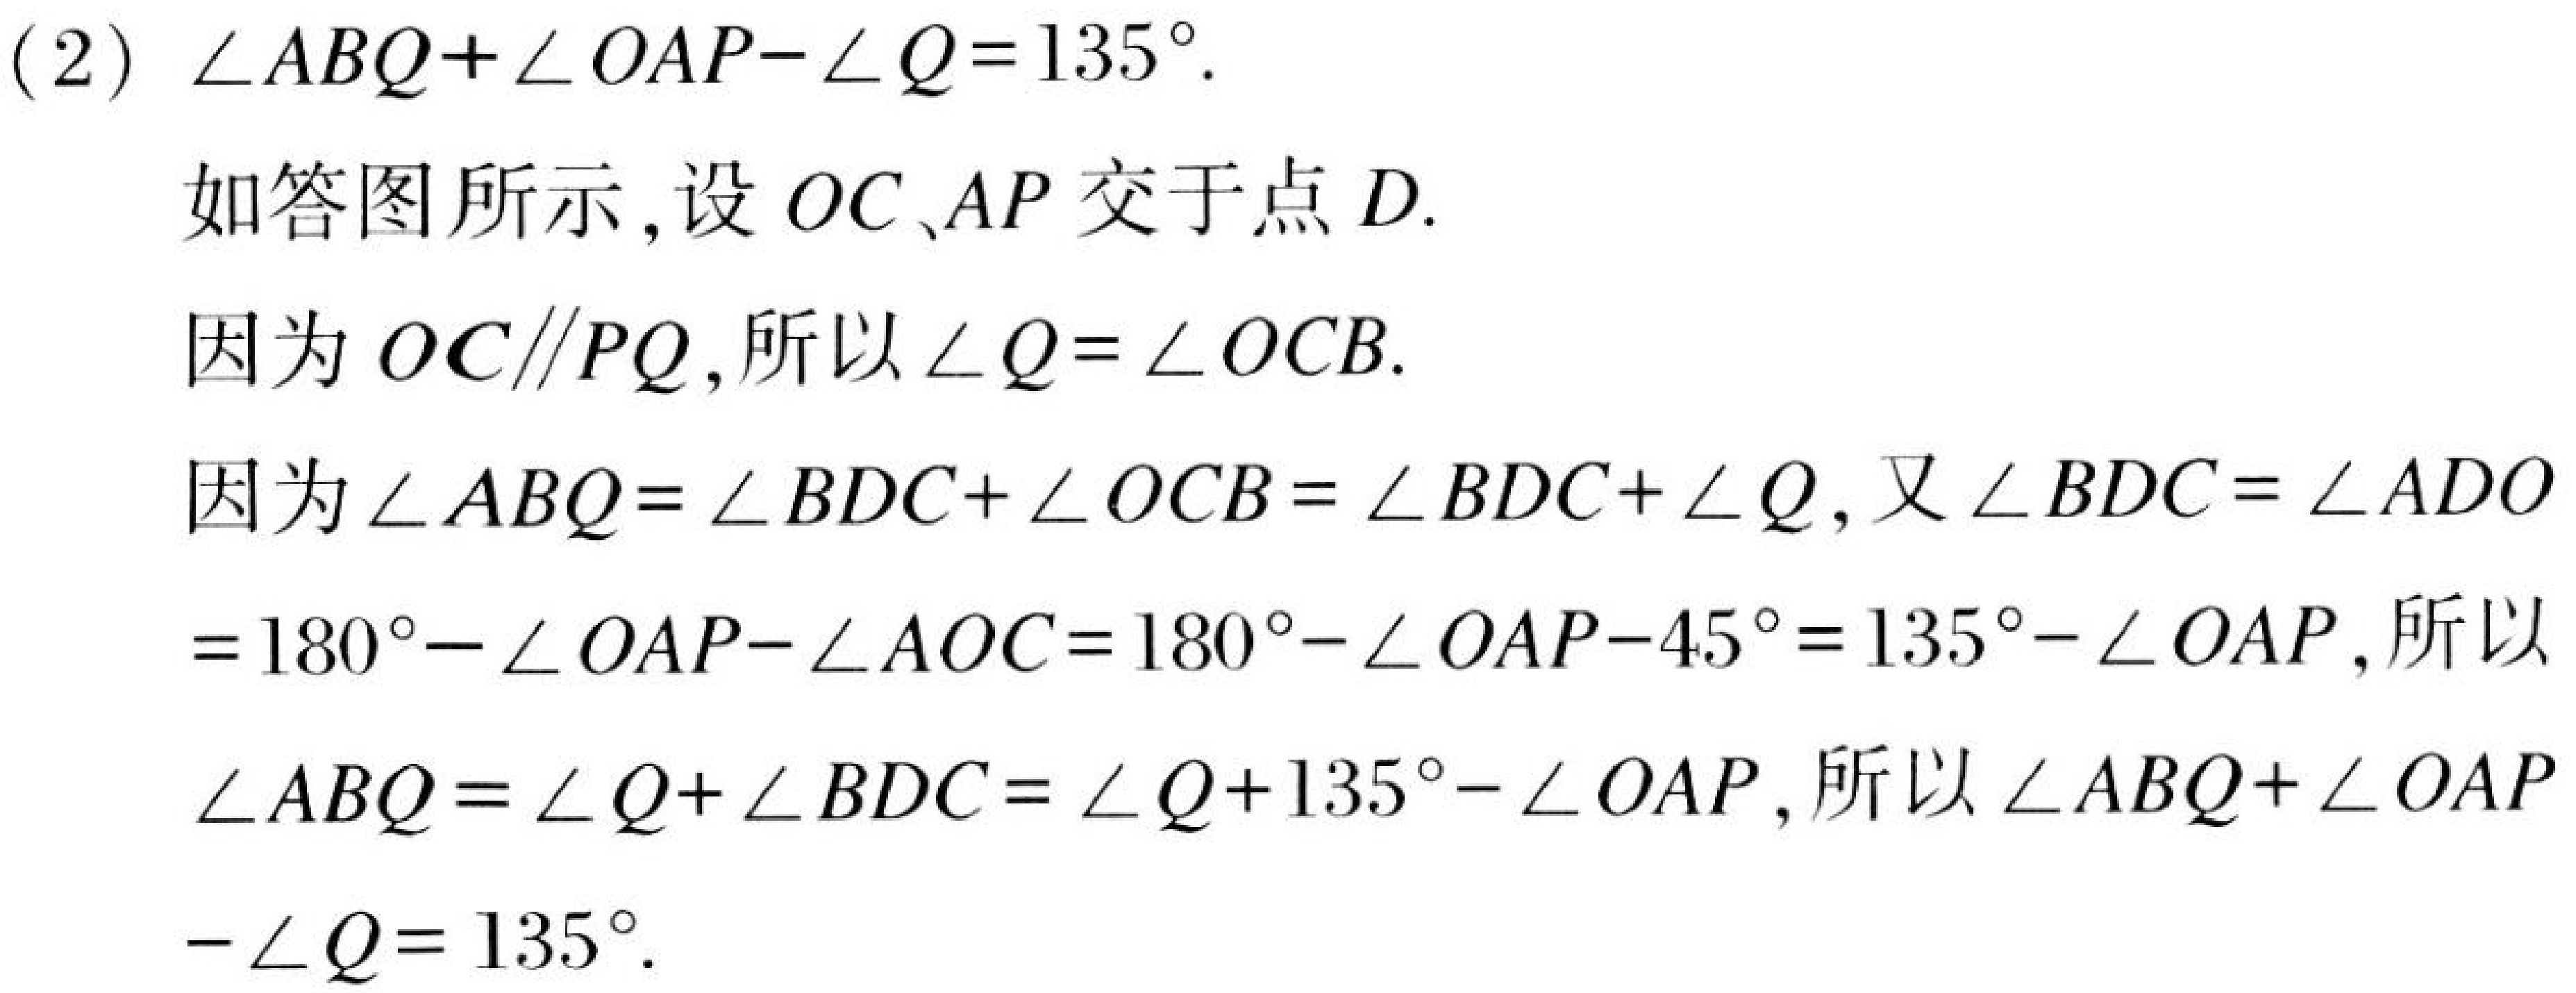
(2) \(\angle ABQ+\angle OAP - \angle Q = 135^{\circ}\).
如答图所示,设 \(OC\)、\(AP\) 交于点 \(D\).
因为 \(OC\parallel PQ\),所以\(\angle Q=\angle OCB\).
因为\(\angle ABQ=\angle BDC+\angle OCB=\angle BDC+\angle Q\),又\(\angle BDC = \angle ADO\)
\(=180^{\circ}-\angle OAP-\angle AOC=180^{\circ}-\angle OAP - 45^{\circ}=135^{\circ}-\angle OAP\),所以
\(\angle ABQ=\angle Q+\angle BDC=\angle Q + 135^{\circ}-\angle OAP\),所以\(\angle ABQ+\angle OAP\)
\(-\angle Q = 135^{\circ}\).